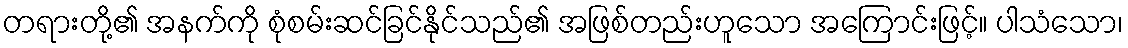
တရားတို့၏ အနက်ကို စုံစမ်းဆင်ခြင်နိုင်သည်၏ အဖြစ်တည်းဟူသော အကြောင်းဖြင့်။ ပါသံသော၊